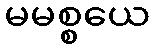
မမစ္စယေ